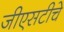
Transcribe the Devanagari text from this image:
जीएसटीचे